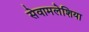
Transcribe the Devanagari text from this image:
सेवामलेशिया